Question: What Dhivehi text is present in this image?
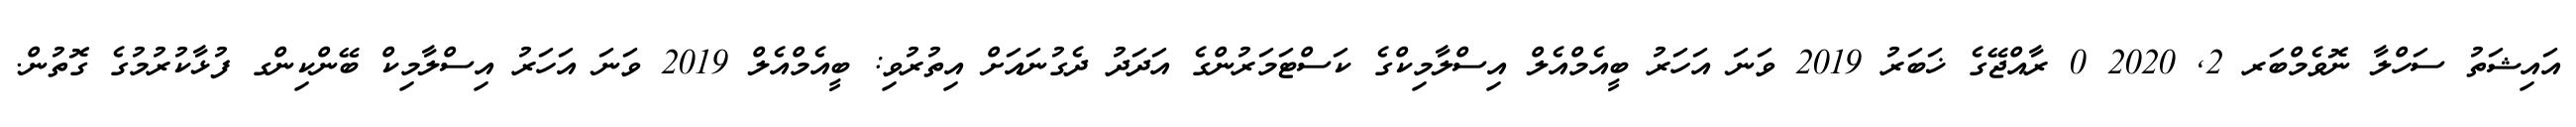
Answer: އައިޝަތު ސަހްލާ ނޮވެމްބަރ 2, 2020 0 ރާއްޖޭގެ ޚަބަރު 2019 ވަނަ އަހަރު ބީއެމްއެލް އިސްލާމިކްގެ ކަސްޓަމަރުންގެ އަދަދު ދެގުނައަށް އިތުރުވި: ބީއެމްއެލް 2019 ވަނަ އަހަރު އިސްލާމިކް ބޭންކިންގ ފުޅާކުރުމުގެ ގޮތުން.